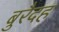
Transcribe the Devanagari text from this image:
बुरैदह